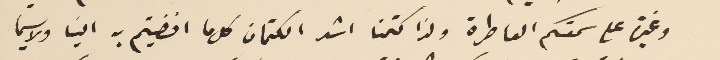
وغيرة على سمعتكم العاطرة ولذا كتمنا اشد الكتمان كل ما افضيتم به الينا ولا سيما